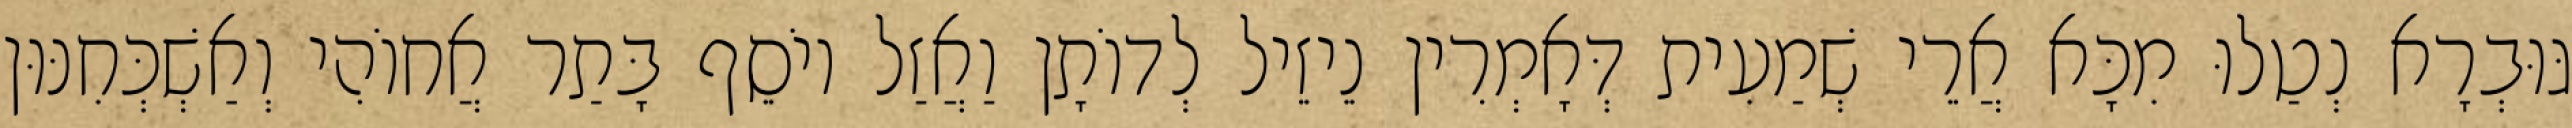
גּוּבְרָא נְטַלוּ מִכָּא אֲרֵי שְׁמַעִית דְּאָמְרִין נֵיזֵיל לְדוֹתָן וַאֲזַל יוֹסֵף בָּתַר אֲחוֹהִי וְאַשְׁכְּחִנּוּן